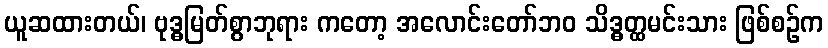
ယူဆထားတယ်၊ ဗုဒ္ဓမြတ်စွာဘုရား ကတော့ အလောင်းတော်ဘဝ သိဒ္ဓတ္ထမင်းသား ဖြစ်စဉ်က